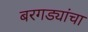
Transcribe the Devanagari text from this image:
बरगड्यांचा